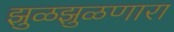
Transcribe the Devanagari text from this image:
झुळझुळणारा